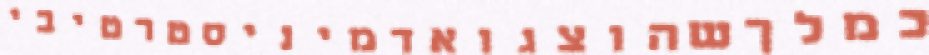
כמלךשהוצגואדמיניסטרטיבי